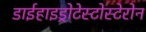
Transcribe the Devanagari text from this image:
डाईहाइड्रोटेस्टोस्टेरोन